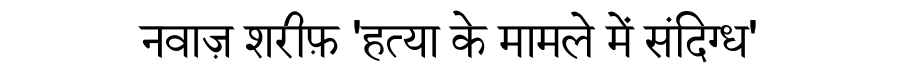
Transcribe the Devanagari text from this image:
नवाज़ शरीफ़ 'हत्या के मामले में संदिग्ध'